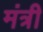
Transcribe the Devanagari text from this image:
मंत्री